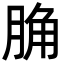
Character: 𦛲